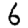
Digit: 6